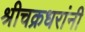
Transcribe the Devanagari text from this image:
श्रीचक्रधरांनी